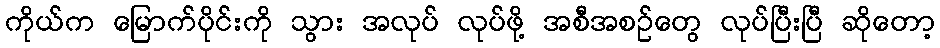
ကိုယ်က မြောက်ပိုင်းကို သွား အလုပ် လုပ်ဖို့ အစီအစဉ်တွေ လုပ်ပြီးပြီ ဆိုတော့